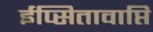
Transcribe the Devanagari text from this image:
ईप्सितावाप्ति